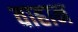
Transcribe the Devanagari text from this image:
वाहान